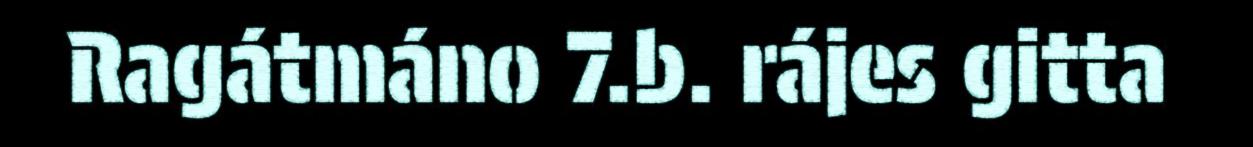
Ragátmáno 7.b. rájes gitta